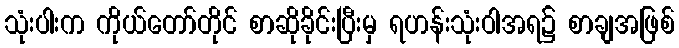
သုံးပါးက ကိုယ်တော်တိုင် စာဆိုခိုင်းပြီးမှ ရဟန်းသုံးဝါအရ၌ စာချအဖြစ်